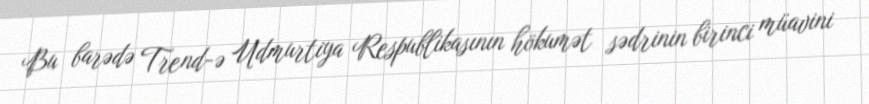
Bu barədə Trend-ə Udmurtiya Respublikasının hökumət sədrinin birinci müavini